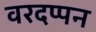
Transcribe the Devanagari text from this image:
वरदप्पन